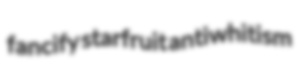
fancify starfruit antiwhitism